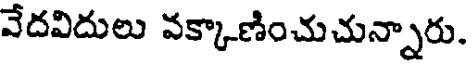
వేదవిదులు వక్కాణించుచున్నారు.